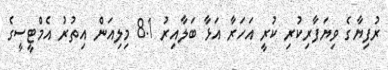
ރުފިޔާގެ ވިޔަފާރިކުރި ކުރީ އަހަރާ އަޅާ ބަލާއިރު 8.1 މިލިއަން އިތުރު އެމްޓީސީގެ